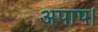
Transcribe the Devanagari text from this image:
अपाप।